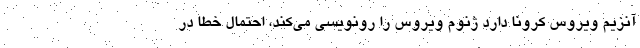
آنزیم ویروس کرونا دارد ژنوم ویروس را رونویسی می‌کند، احتمال خطا در